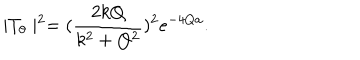
LaTeX: \mid T _ { \theta } \mid ^ { 2 } = ( \frac { 2 k Q } { k ^ { 2 } + Q ^ { 2 } } ) ^ { 2 } e ^ { - 4 Q a } .